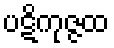
ပဋိကုဇ္ဇထ